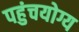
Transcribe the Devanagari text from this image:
पहुंचयोग्य